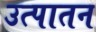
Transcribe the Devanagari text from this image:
उत्पातन